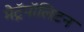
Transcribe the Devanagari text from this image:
मेट्रॅपॉलिटन